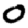
Digit: 0